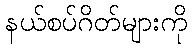
နယ်စပ်ဂိတ်များကို